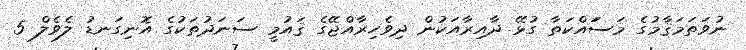
ނުވަތަމަޤާމުގެ މަސަައްކަތާ ގުޅޭ ދާއިރާއަކުން ދިވެހިރާއްޖޭގެ ޤައުމީ ސަނަދުތަކުގެ އޮނިގަނޑު ލެވެލް 5